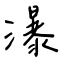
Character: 瀑